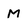
Character: M